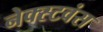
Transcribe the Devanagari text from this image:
नेक्स्टवंस